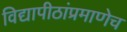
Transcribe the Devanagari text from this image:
विद्यापीठांप्रमाणेच